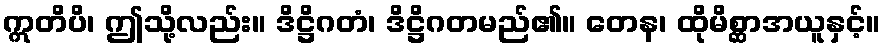
ဣတိပိ၊ ဤသို့လည်း။ ဒိဋ္ဌိဂတံ၊ ဒိဋ္ဌိဂတမည်၏။ တေန၊ ထိုမိစ္ဆာအယူနှင့်။